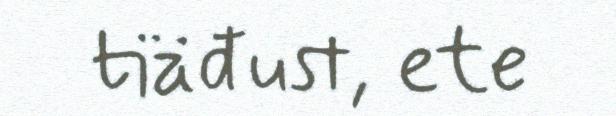
tiäđust, ete